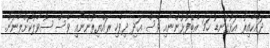
ދައްކާއިރު އަޅުގަނޑު ހަމަ އެބޭފުޅުންނާއި ވެސް އަދި ދިވެހި ރައްޔިތުންނާއި ވެސް ސުވާލުކޮށްލާނަން.